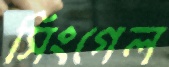
সিংগেল